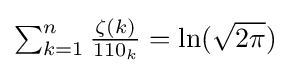
\textstyle \sum _{k=1}^{n}{\frac {\zeta (k)}{110_{k}}}=\ln({\sqrt {2\pi }})